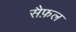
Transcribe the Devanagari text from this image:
सैफ़ल